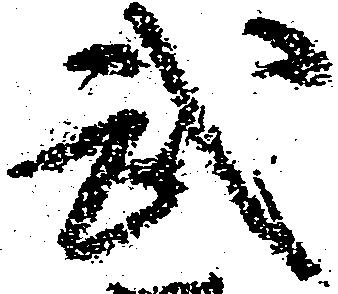
武